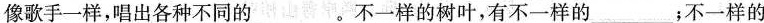
像歌手一样，唱出各种不同的___。不一样的树叶，有不一样的___；不一样的